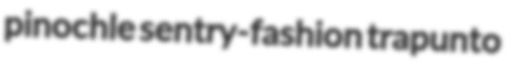
pinochle sentry-fashion trapunto